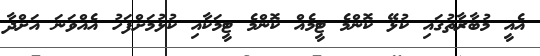
އެއީ މުބާރާތުގައި ކުޅޭ ކޮންމެ ޓީމެއް ކޮންމެ ޓީމަކާއި ކުޅުމަށްފަހު އެއްވަނަ އަށްދާ